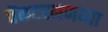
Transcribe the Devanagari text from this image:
वेंकटरमणय्या